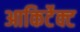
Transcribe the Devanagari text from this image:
आकिर्टेक्ट